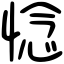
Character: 惗